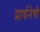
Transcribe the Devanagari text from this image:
प्रार्थनेची